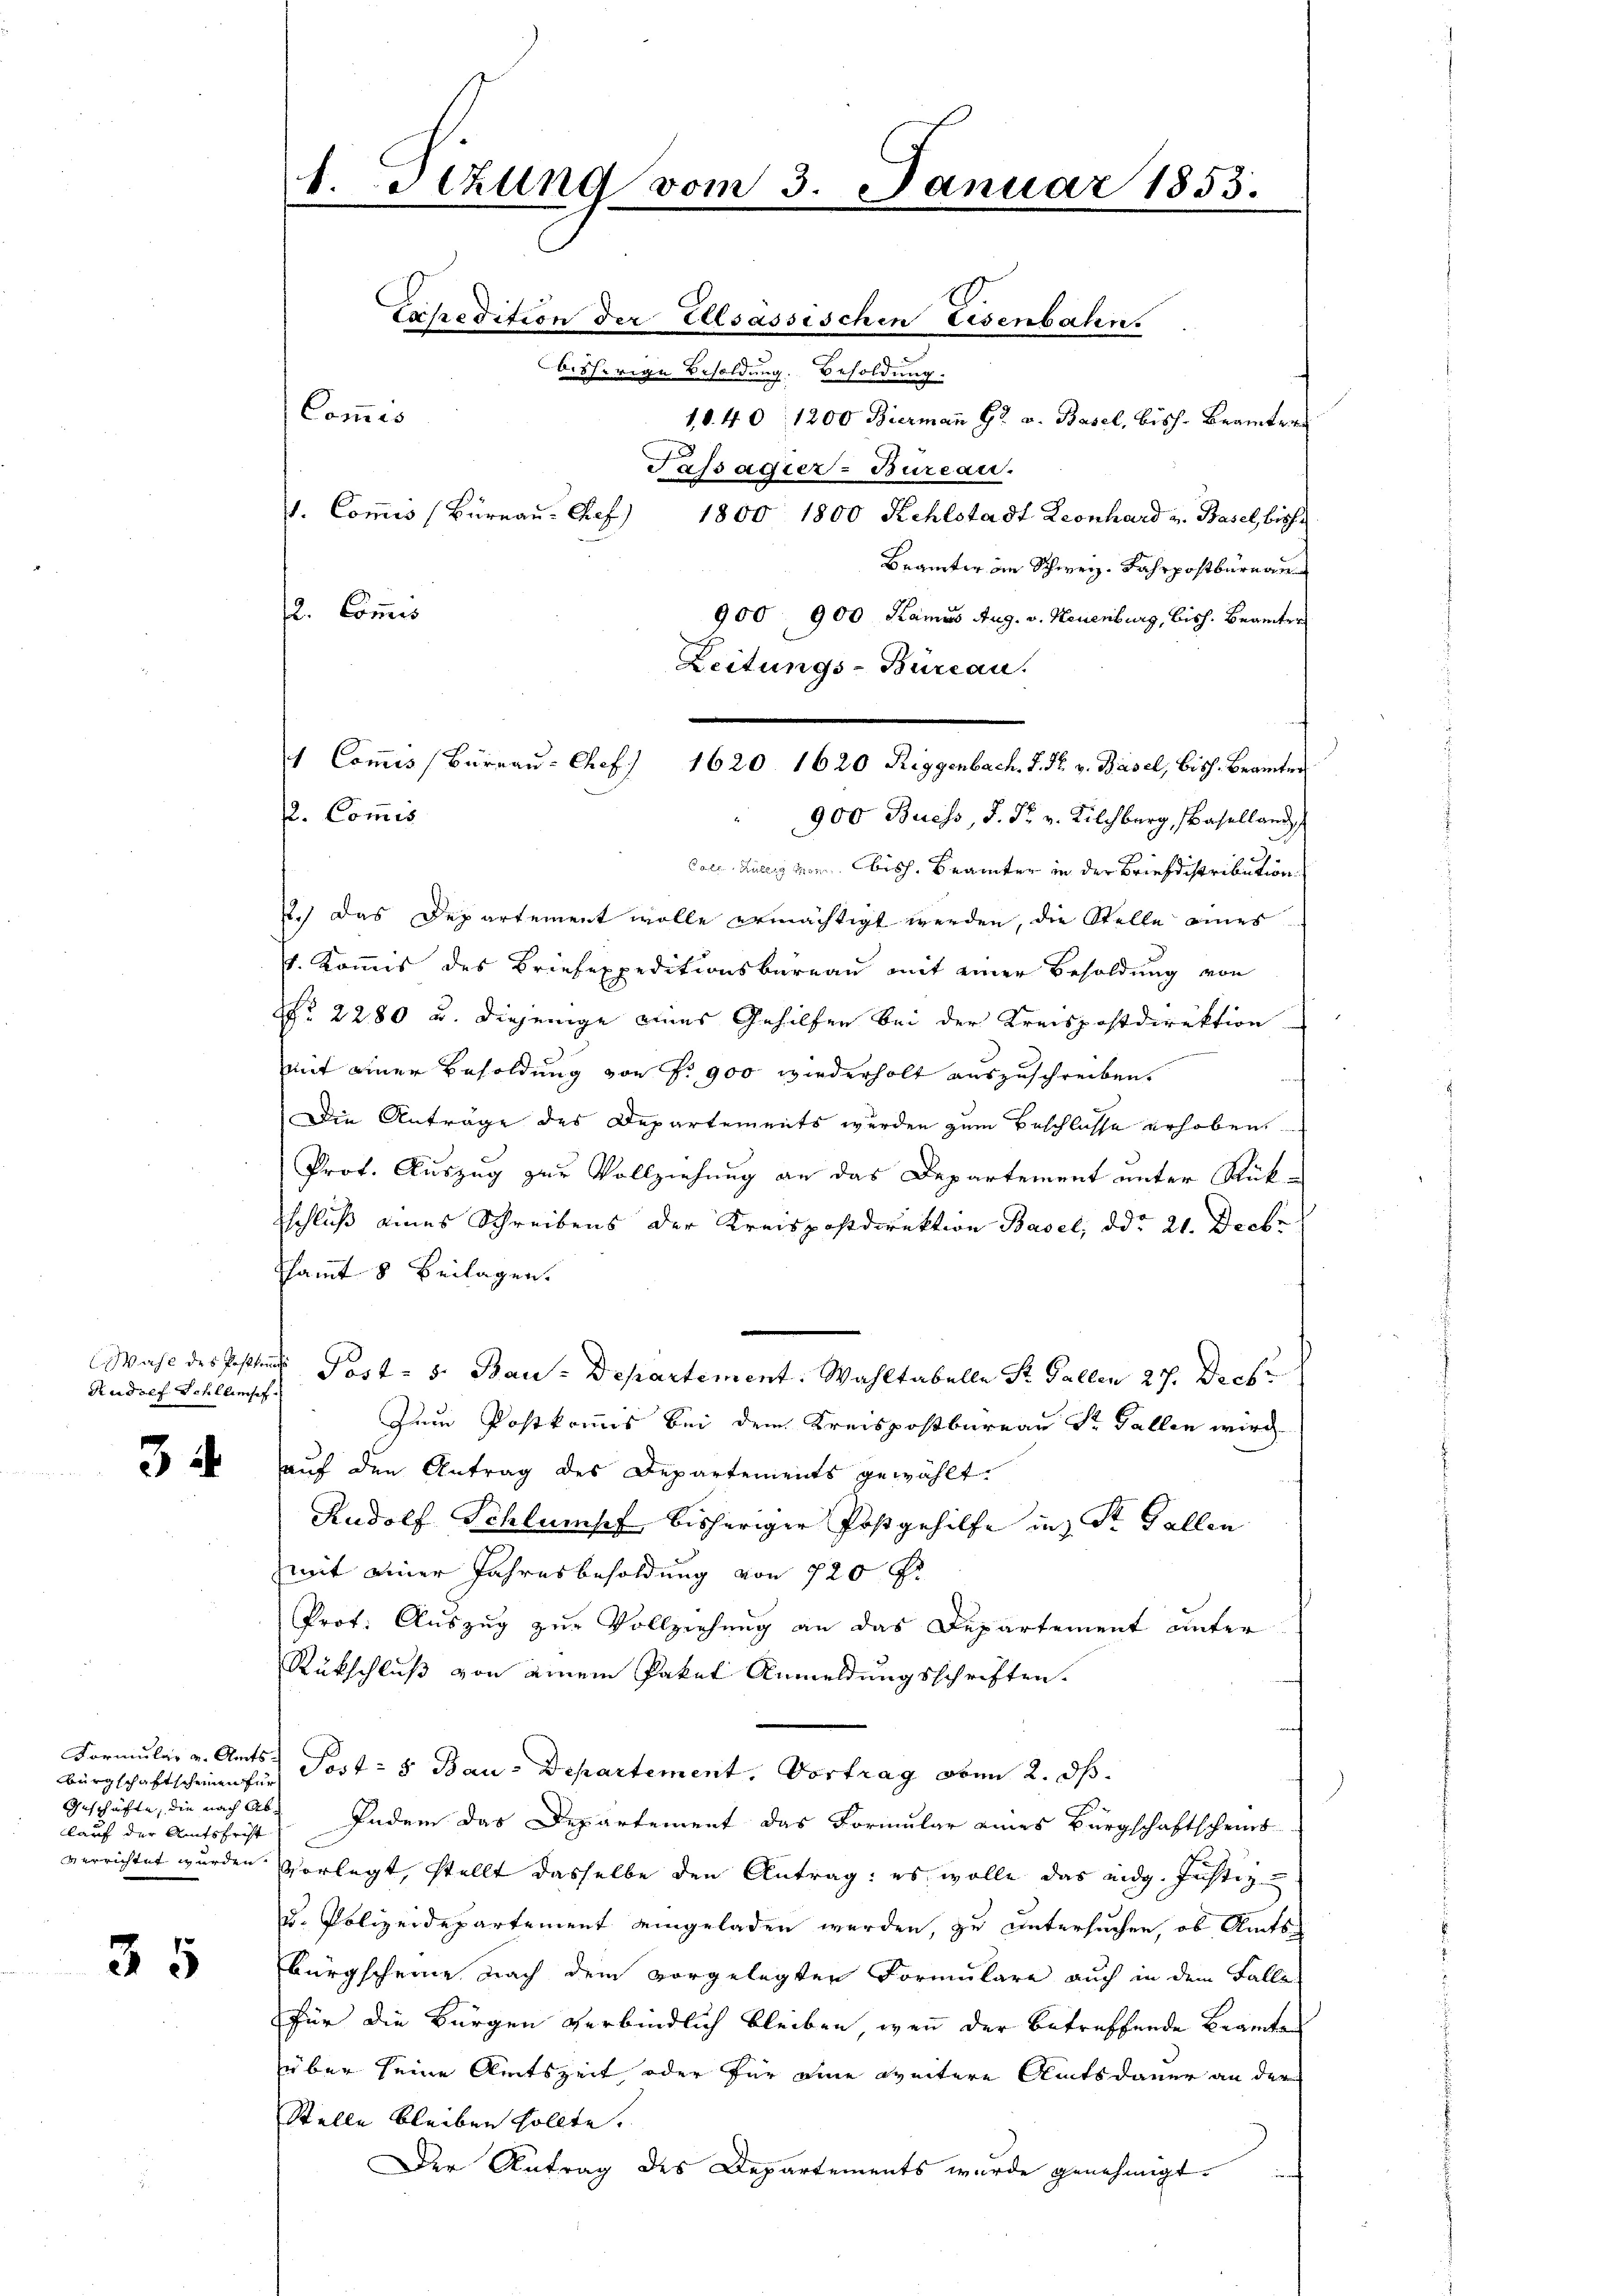
Pudolf Schlumsch

34.

Bürgschaftscheinen für
Geschäfte, die nach Ablauf der Amtsfrist

35

Call. Gültig von bisch. Brämter in der Briefdistribution.
2.) Das Departement wolle ermächtigt werden, die Stelle eines
s. Kommis des Briefexpeditionsbüreau mit einer Besoldung von
No. 2280 u. diejenige eines Gehilfen bei der Kreispostdirektion
mit einer Besoldung von P. 900 wiederholt auszuschreiben.
Die Anträge des Departements werden zum Beschlosse erhoben
Prof. Auszug zur Vollziehung an das Departement unter Rück-
schluß eines Schreibens der Kreispostdirektion Basel, ddo 21. Decbr
samt 8 Beilagen.
Wahl des Posten Post - 5. Bau-Departement. Wahltabelle St. Gallen 27. Deck
Zum Postkommis bei dem Kreispostbureau St. Gallen wird
auf den Antrag des Departements gewählt.
Rudolf Schlumpf bisheriger Postgehilfe in St. Gallen
mit einer Jahresbesoldung von 720 f.
Prof. Auszug zur Vollziehung an das Departement unter
Rückschluß von einem Paket Anmeldungsschriften.
Formular v. Amts Post- 5 Bau-Departement. Vortrag oben 2. ds.
Indem das Departement das Formular eines Bürgschaftscheint
verrichtet wurden vorlegt, stellt dasselbe den Antrag: es wolle das eidg. Justiz
u. Polizeidepartement eingeladen werden, zu untersuchen, ob Amts¬
Bürgscheine nach dem vorgelegten Formulare auch in dem Falle
für die Bürgen verbindlich bleiben, wenn der betreffende Beamten
über seine Amtszeit oder für eine weitere Amtsdauer an der
Stelle bleiben sollte.
Der Antrag des Departements wurde genehmigt.

d. etzung vom 3. Januar 1853.
bisherige Besoldung. Besoldung.
Commis
10.40, 1200 Biermann Gr. v. Basel, bisch. Beamter
Passagier-Bureau.
1. Commis (Büreau-Ref) 1800 1800 Kehlstadt Leonhard v. Basel, bish
Beämter im Schweiz. Fahrpostbureau
2. Commis
900 900 Kamus Aug. v. Neuenburg, bish. Beamter

Zeitungs-Büreau.
 Commis (Büreau-Chef 1620. 1620 Riggenbach. J. F. v. Basel, Bisch. Beamter
. Commis
900 Buess, S. Fr. v. Kilchberg, Baselland,

Expedition der Elsassischen Eisenbahn.